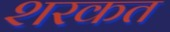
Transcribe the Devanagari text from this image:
शरकत